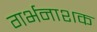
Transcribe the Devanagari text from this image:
गर्भनाशक